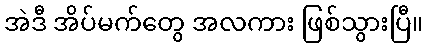
အဲဒီ အိပ်မက်တွေ အလကား ဖြစ်သွားပြီ။